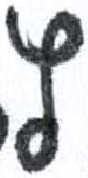
אות: ץ